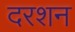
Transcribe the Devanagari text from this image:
दरशन